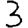
Digit: 3